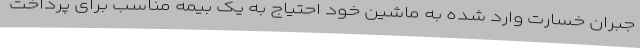
جبران خسارت وارد شده به ماشین خود احتیاج به یک بیمه مناسب برای پرداخت